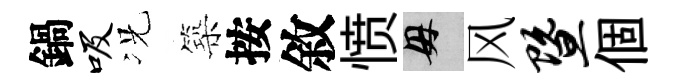
鍋吸况築按敘愤母风暨個